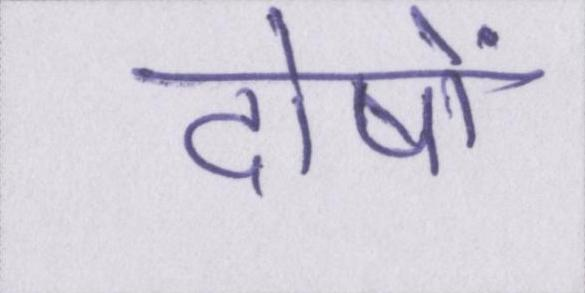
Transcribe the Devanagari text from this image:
दोषों